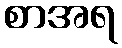
စာအရ